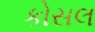
કોસલ